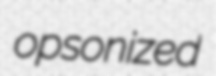
opsonized